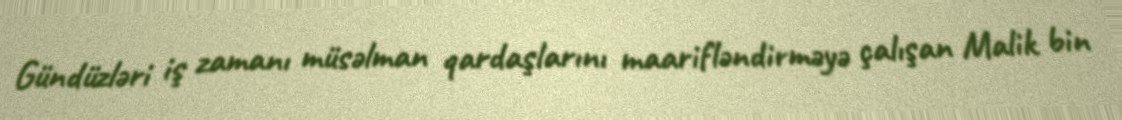
Gündüzləri iş zamanı müsəlman qardaşlarını maarifləndirməyə çalışan Malik bin